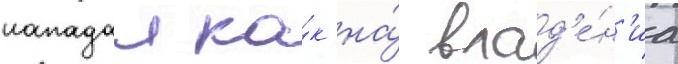
нападал ка́к на́ влад'е́н'иа